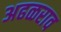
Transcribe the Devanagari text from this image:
अढळराव